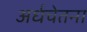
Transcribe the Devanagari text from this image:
अर्धचेतना